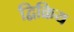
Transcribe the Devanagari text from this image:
द्विक्रिय